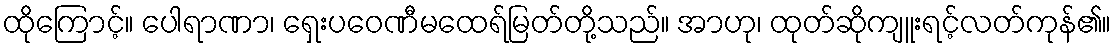
ထိုကြောင့်။ ပေါရာဏာ၊ ရှေးပဝေဏီမထေရ်မြတ်တို့သည်။ အာဟု၊ ထုတ်ဆိုကျူးရင့်လတ်ကုန်၏။